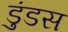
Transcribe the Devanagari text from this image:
डुंडस